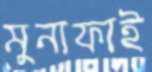
মুনাফাই